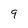
Character: 9